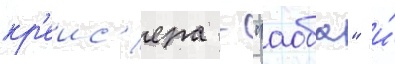
кр'еис'ера - "аоба" и́